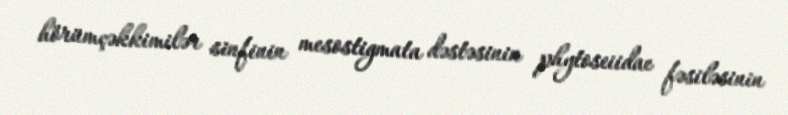
hörümçəkkimilər sinfinin mesostigmata dəstəsinin phytoseiidae fəsiləsinin